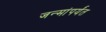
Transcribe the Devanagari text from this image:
जन्मांपर्यंत